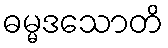
ဓမ္မဒသောတိ